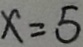
x = 5